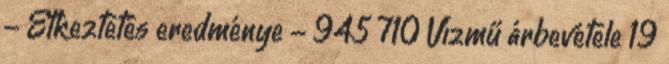
- Étkeztetés eredménye - 945 710 Vízmű árbevétele 19